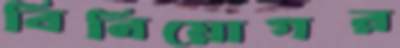
বিনিয়োগর